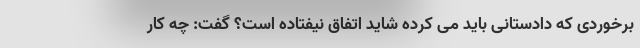
برخوردی که دادستانی باید می کرده شاید اتفاق نیفتاده است؟ گفت: چه کار